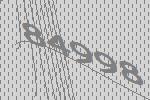
84998